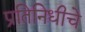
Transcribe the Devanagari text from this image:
प्रतिनिधीचे